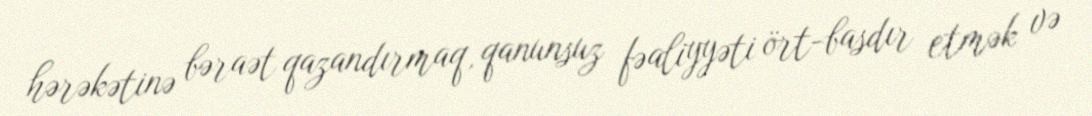
hərəkətinə bəraət qazandırmaq, qanunsuz fəaliyyəti ört-basdır etmək və